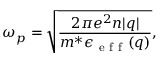
\omega _ { p } = \sqrt { \frac { 2 \pi e ^ { 2 } n | q | } { m ^ { * } \epsilon _ { \mathrm { ~ e ~ f ~ f ~ } } ( q ) } } ,